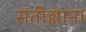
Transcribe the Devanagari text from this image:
संतील्लाना